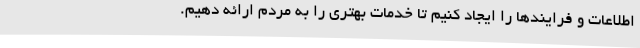
اطلاعات و فرایندها را ایجاد کنیم تا خدمات بهتری را به مردم ارائه دهیم.